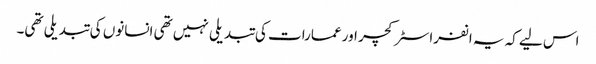
اس لیے کہ یہ انفراسٹرکچر اور عمارات کی تبدیلی نہیں تھی انسانوں کی تبدیلی تھی۔